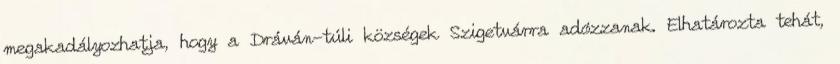
megakadályozhatja, hogy a Dráván-túli községek Szigetvárra adózzanak. Elhatározta tehát,